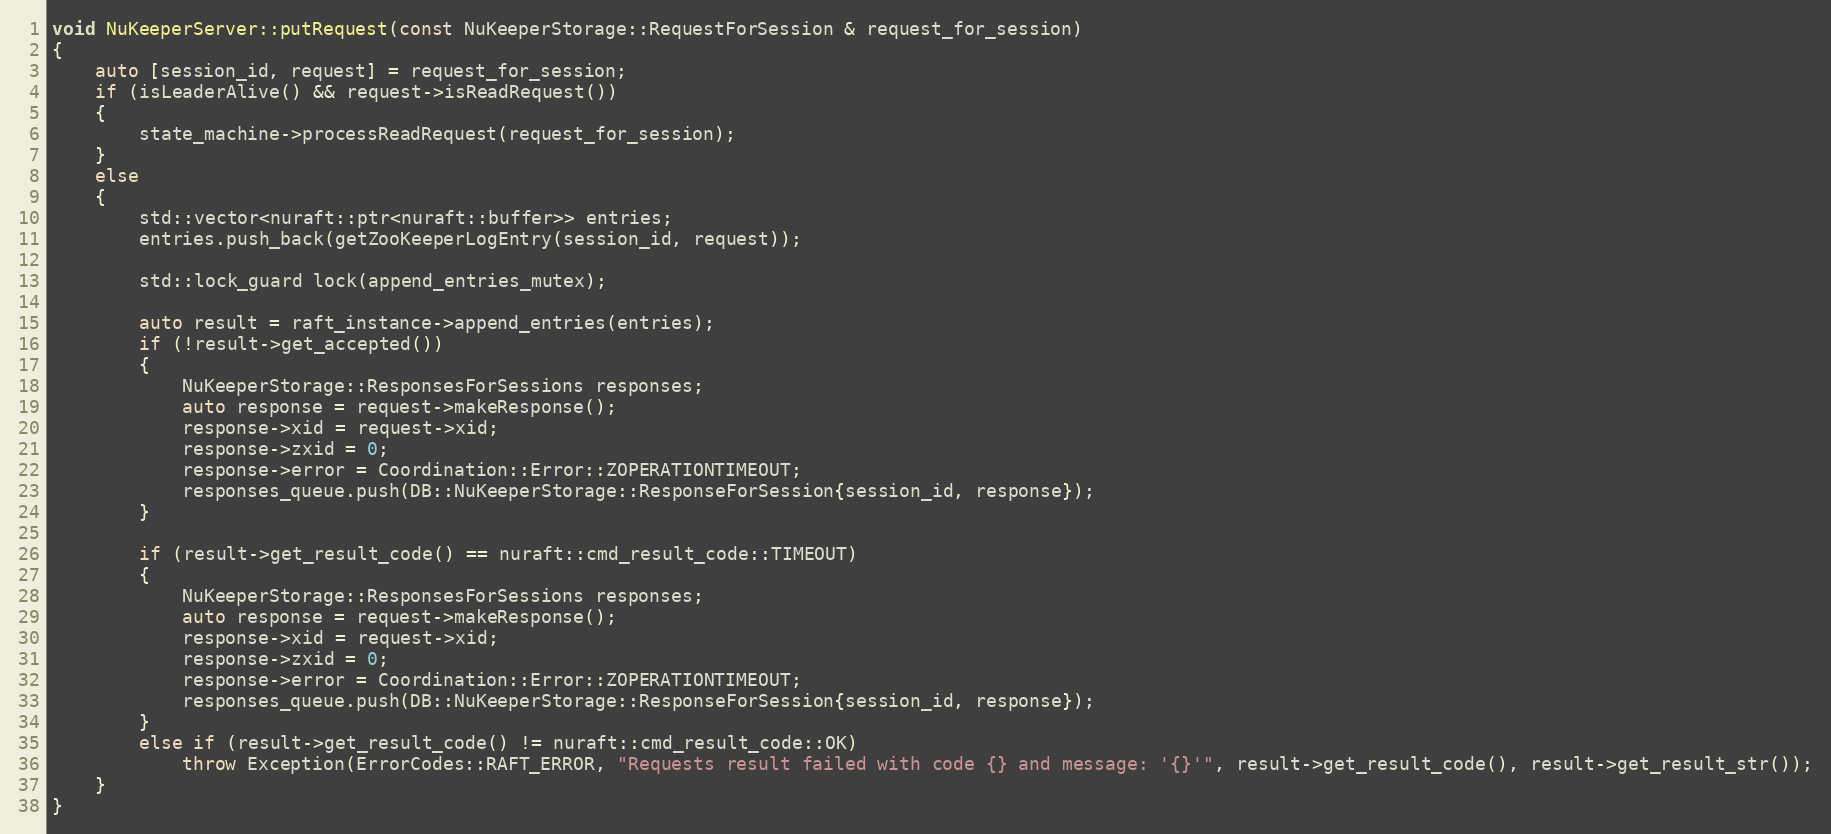
Language: C++
void NuKeeperServer::putRequest(const NuKeeperStorage::RequestForSession & request_for_session)
{
    auto [session_id, request] = request_for_session;
    if (isLeaderAlive() && request->isReadRequest())
    {
        state_machine->processReadRequest(request_for_session);
    }
    else
    {
        std::vector<nuraft::ptr<nuraft::buffer>> entries;
        entries.push_back(getZooKeeperLogEntry(session_id, request));

        std::lock_guard lock(append_entries_mutex);

        auto result = raft_instance->append_entries(entries);
        if (!result->get_accepted())
        {
            NuKeeperStorage::ResponsesForSessions responses;
            auto response = request->makeResponse();
            response->xid = request->xid;
            response->zxid = 0;
            response->error = Coordination::Error::ZOPERATIONTIMEOUT;
            responses_queue.push(DB::NuKeeperStorage::ResponseForSession{session_id, response});
        }

        if (result->get_result_code() == nuraft::cmd_result_code::TIMEOUT)
        {
            NuKeeperStorage::ResponsesForSessions responses;
            auto response = request->makeResponse();
            response->xid = request->xid;
            response->zxid = 0;
            response->error = Coordination::Error::ZOPERATIONTIMEOUT;
            responses_queue.push(DB::NuKeeperStorage::ResponseForSession{session_id, response});
        }
        else if (result->get_result_code() != nuraft::cmd_result_code::OK)
            throw Exception(ErrorCodes::RAFT_ERROR, "Requests result failed with code {} and message: '{}'", result->get_result_code(), result->get_result_str());
    }
}